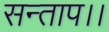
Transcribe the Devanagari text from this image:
सन्‍ताप।।